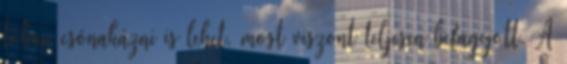
tóban csónakázni is lehet, most viszont teljesen befagyott. A